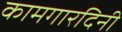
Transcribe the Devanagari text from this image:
कामगारदिनी